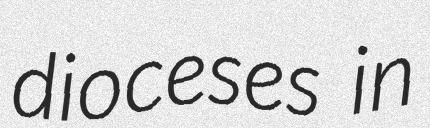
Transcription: dioceses in